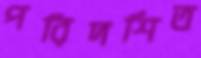
পরিদর্শিত